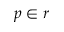
p \in r